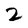
Character: 2